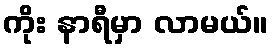
ကိုး နာရီမှာ လာမယ်။